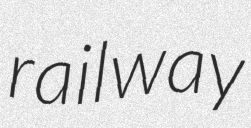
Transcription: railway